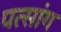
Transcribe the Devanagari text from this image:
पत्सांग